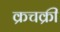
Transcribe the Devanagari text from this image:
क्रचक्री